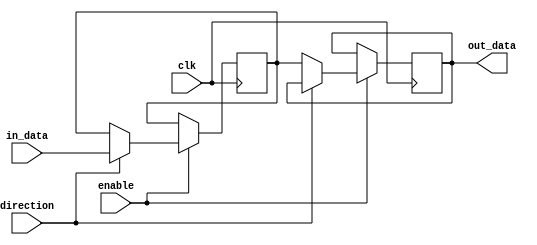
module bidirectional_buffer (
    input wire enable,
    input wire direction,
    input wire clk,
    input wire [7:0] in_data,
    output reg [7:0] out_data
);

reg [7:0] buffer;

always @(posedge clk) begin
    if (enable) begin
        if (direction) begin
            buffer <= in_data;
        end else begin
            out_data <= buffer;
        end
    end
end

endmodule